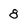
Character: 8